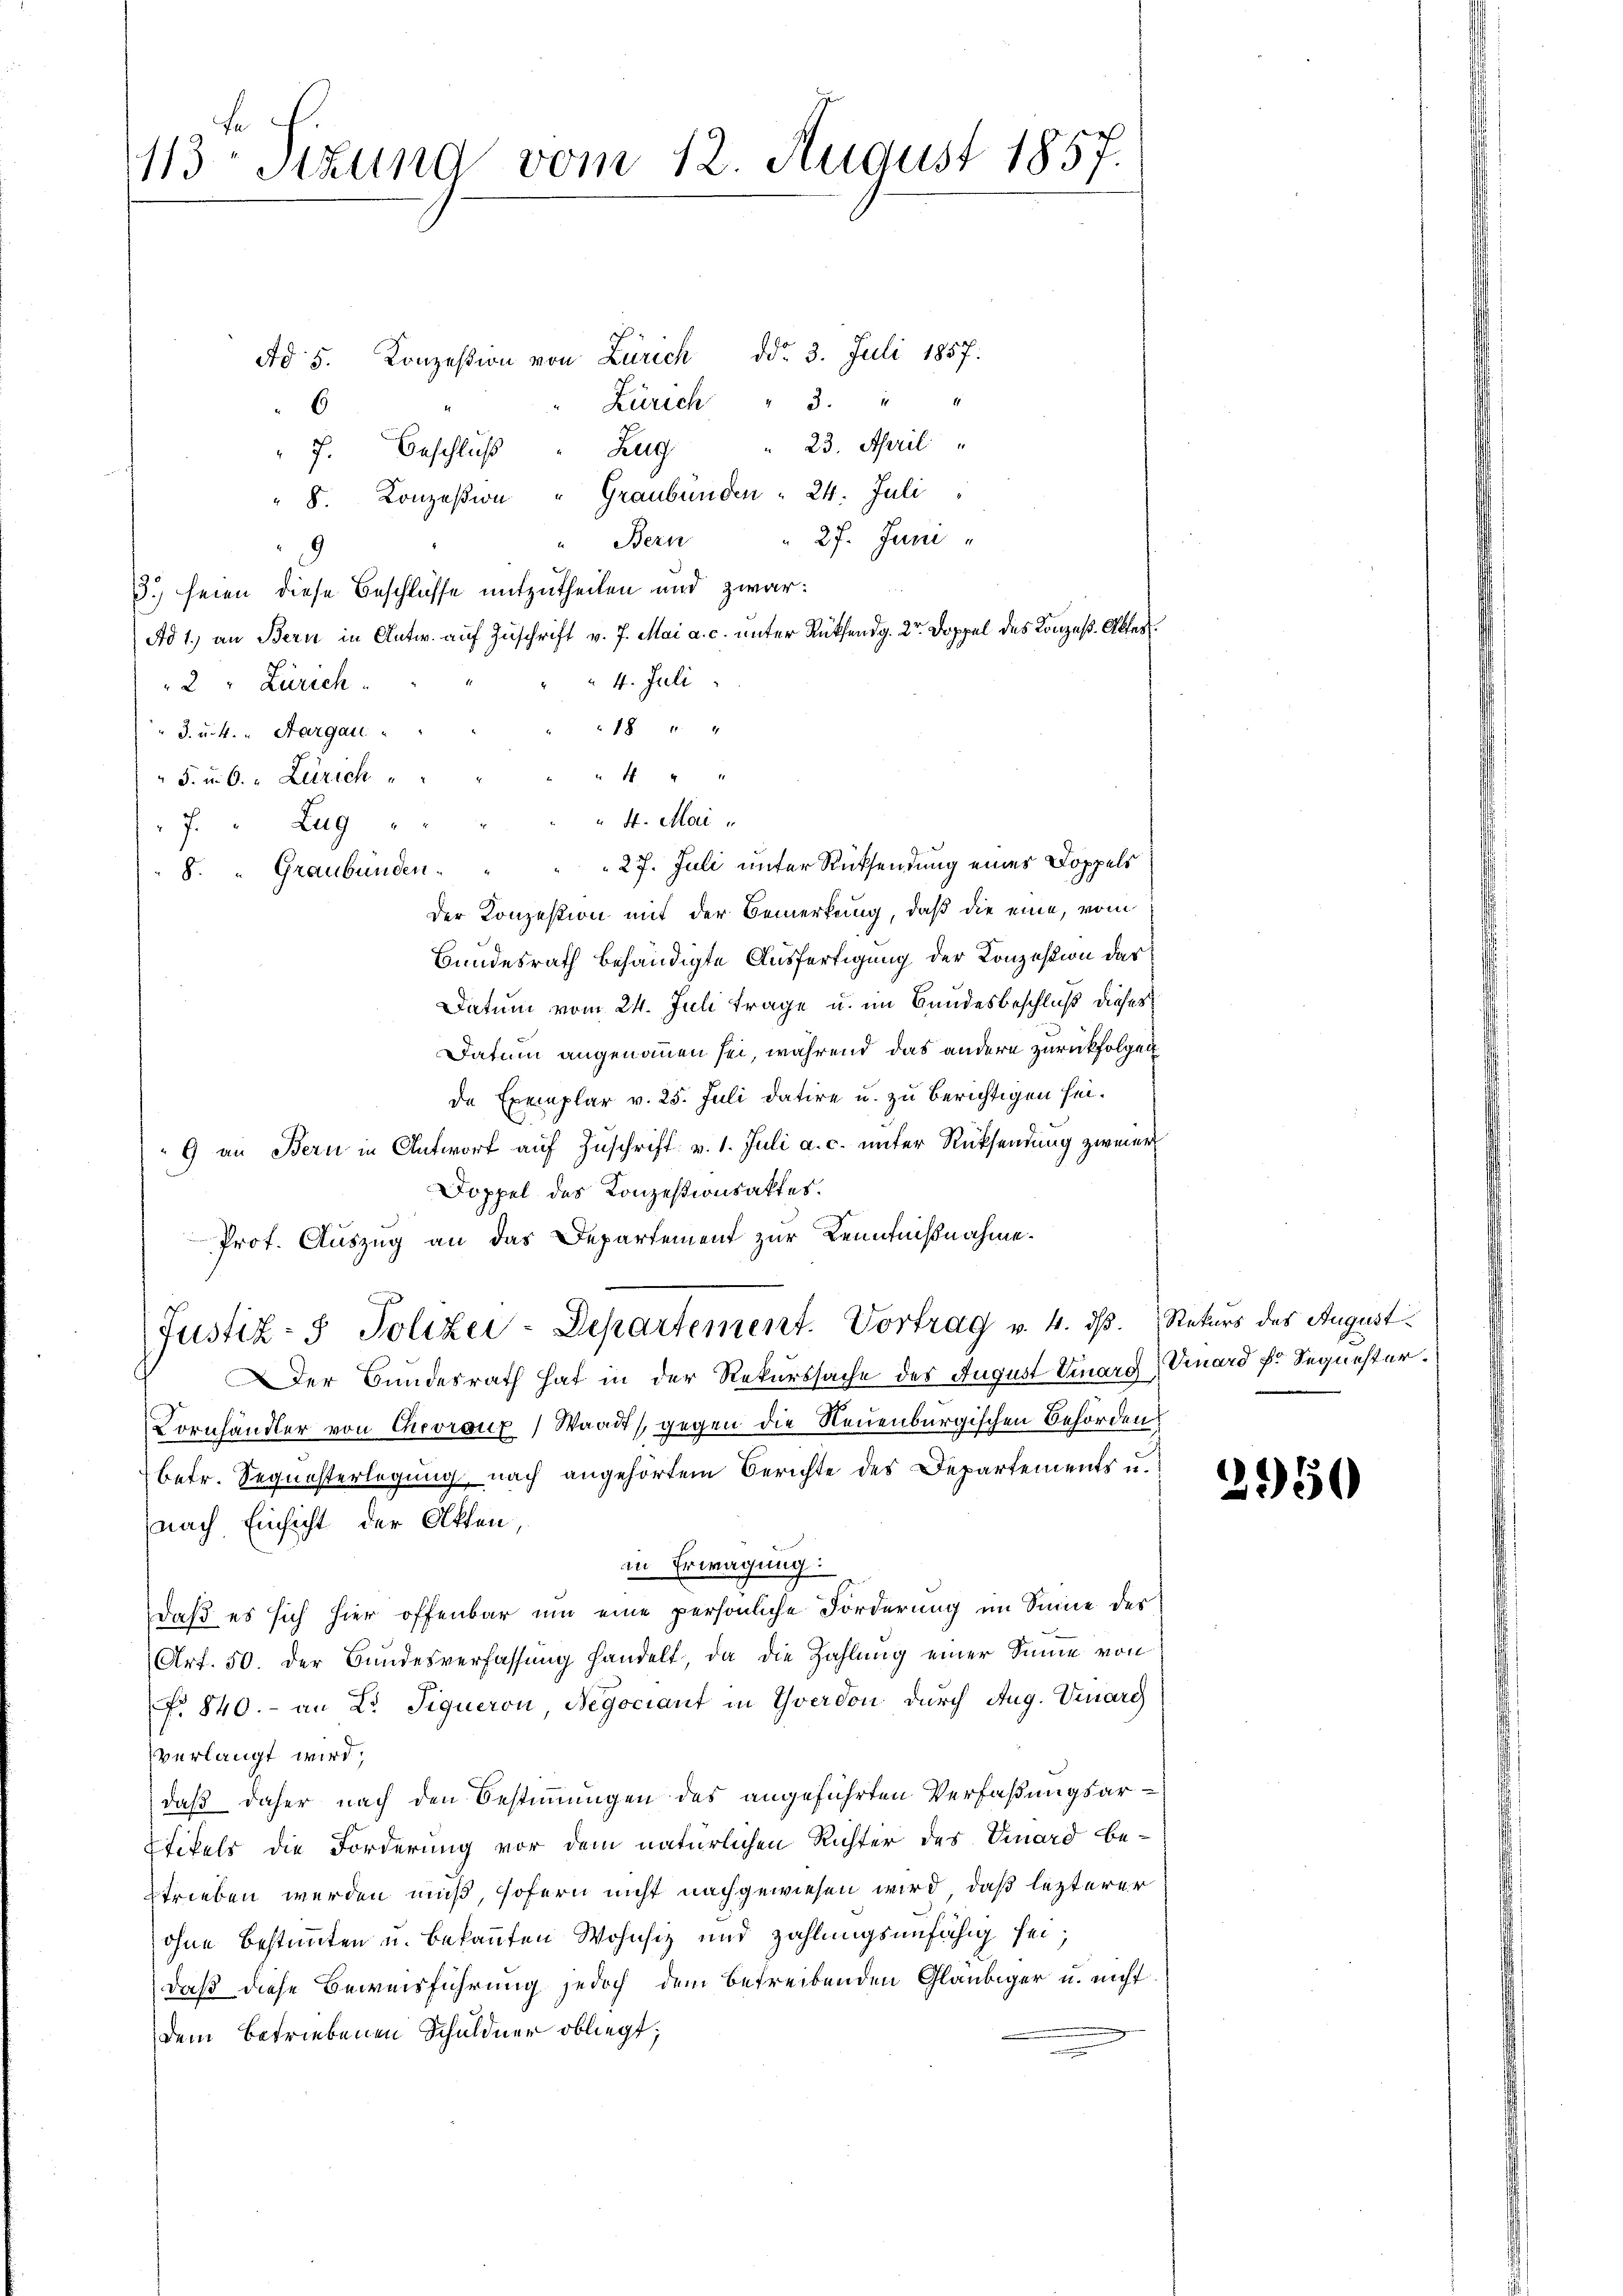
113 Sizung vom 12. August 1857.

Ad 5. Konzession von Zürich ddo 3. Juli 1857:
Zürich " 3. " "
6
" 7. Beschlŭβ " Zug " 23. April "
" 8. Konzesion " Graubünden " 24. Juli
 27. Juni
Bern
9
3.) seien diese Beschlüsse mitzutheilen und zwar:
Ad 1) an Bern in Antw. auf Zuschrift v. 7. Mai a. c. unter Rüksendg. Dr Doppel des Konzes. Alter
 4. Juli
2 " Zürich
18 " "
3. u. 4. „ Sargau.
" F. u. 6. Zürich
7 " Zug
27. Juli unter Rücksendung eines Doppels
8. " Graubünden. "
Der Konzession mit der Bemerkung, daß die eine, vom
Bundesrath behändigte Ausfertigung der Konzesion das
Datum vom 24. Juli trage u. im Bundesbeschluß dieses
Datum angenommen sei, während das andern zurückfolgen
de Exemplar v. 25. Juli datire u. zu berichtigen sei.
 9 an Bern in Antwort auf Zuschrift v. 1. Juli a. c. unter Rücksendung zweier
Doppel des Konzessionsaktes.
Prof. Auszug an das Departement zur Kenntnißnahme.
x
Justiz- & Polizei-Departement. Vortrag v. 4. ds. Rekurs des August
Der Bundesrath hat in der Rekurssache des August Einarg Vinard fr Sequester.
Cornhändler von Chevronz) Waadt gegen die Neuenburgischen Behörden.
betr. Sequesterlegung nach angehörtem Berichte des Departements u.
nach Einsicht der Akten,
in Erwägung:
daß es sich hier offenbar um eine persönliche Forderung im Sinne des
Art. 50. Der Bundesverfassung handelt, da die Zahlung einer Sinne von
No 840.- an Dr. Siqueron Negociant in Yverdon durch Aug. Vinarch
verlangt wird;
daß daher nach den Bestimmungen des angeführten Verfaßungsar¬
Etikels die Forderung vor dem natürlichen Richter des Vinard be-
strieben werden muß, sofern nicht nachgewiesen wird, daß lezterer
ohne Bestimmten u. bekannten Wohnsiz und zahlungsunfähig sei;
daß diese Beweisführung jedoch dem betreibenden Gläubiger u. nicht
dem betriebenen Schuldner obliegt;

" 4 " "
 4. Mai

2950